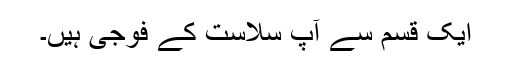
ایک قسم سے آپ سلاست کے فوجی ہیں۔